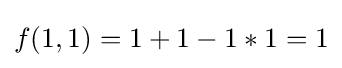
f(1,1)=1+1-1*1=1